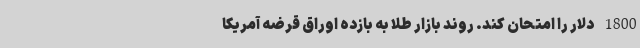
1800 دلار را امتحان کند. روند بازار طلا به بازده اوراق قرضه آمریکا